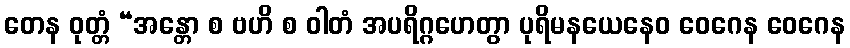
တေန ဝုတ္တံ “အန္တော စ ဗဟိ စ ဝါတံ အပရိဂ္ဂဟေတွာ ပုရိမနယေနေဝ ဝေဂေန ဝေဂေန